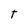
Character: T